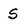
Character: S